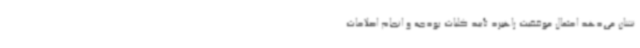
نشان می‌دهد احتمال موفقیت راهبرد تأیید کلیات بودجه و انجام اصلاحات